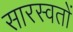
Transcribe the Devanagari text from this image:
सारस्वतों